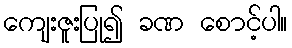
ကျေးဇူးပြု၍ ခဏ စောင့်ပါ။